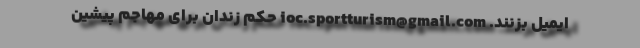
ایمیل بزنند. ioc.sportturism@gmail.com حکم زندان برای مهاجم پیشین